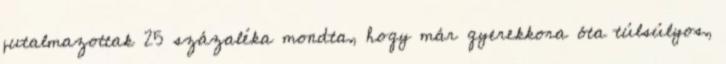
jutalmazottak 25 százaléka mondta, hogy már gyerekkora óta túlsúlyos,